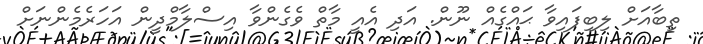
ތިބާއަށް ލިބިފައިވާ ޙައްގެއް ނޫން. އަދި އެއީ މާތް ވެގެންވާ އިސްލާމްދީން އަހަރެމެންނަށް